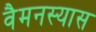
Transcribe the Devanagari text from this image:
वैमनस्यास